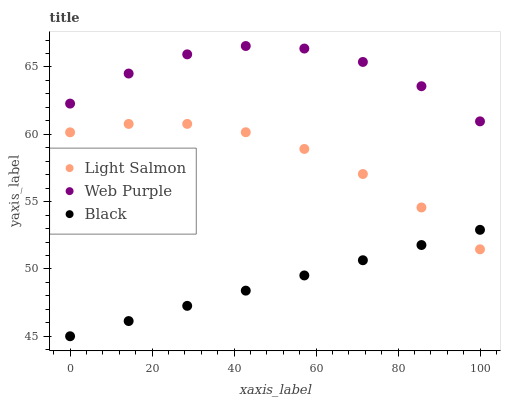
| xaxis_label | Light Salmon | Web Purple | Black |
 | --- | --- | --- | --- |
 | 0 | 60.1 | 62.3 | 45 |
 | 14.3 | 60.8 | 64.5 | 46.1 |
 | 28.6 | 60.8 | 65.9 | 47.3 |
 | 42.9 | 60.2 | 66.6 | 48.4 |
 | 57.1 | 58.9 | 66.4 | 49.5 |
 | 71.4 | 57 | 65.4 | 50.6 |
 | 85.7 | 54.6 | 63.6 | 51.8 |
 | 100 | 51.5 | 61 | 52.9 |